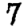
Digit: 7